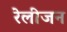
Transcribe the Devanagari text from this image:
रेलीजन